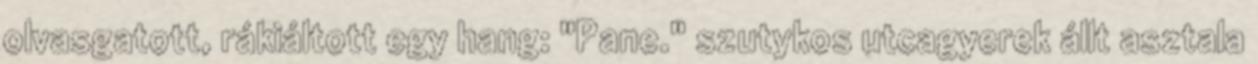
olvasgatott, rákiáltott egy hang: "Pane." szutykos utcagyerek állt asztala